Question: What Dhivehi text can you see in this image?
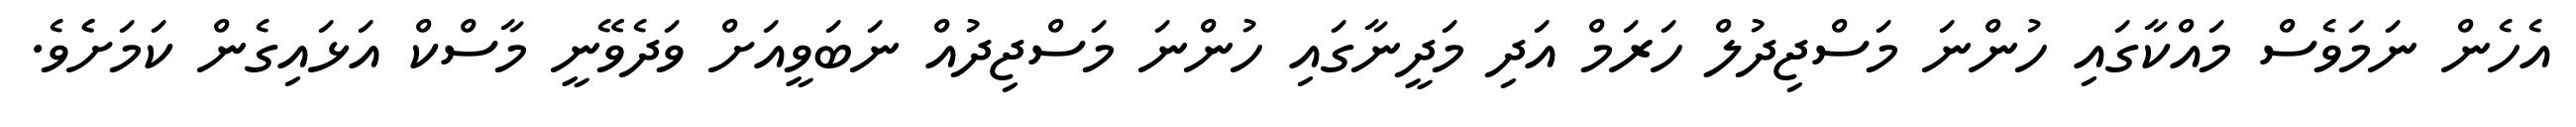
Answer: އެހެން ނަމަވެސް މައްކާގައި ހުންނަ މަސްޖިދުލް ހަރަމް އަދި މަދީނާގައި ހުންނަ މަސްޖިދުއް ނަބަވީއަށް ވަދެވޭނީ މާސްކް އަޅައިގެން ކަމަށެެވެ.